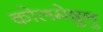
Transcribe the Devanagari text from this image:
कोलमेष़ुत्तु